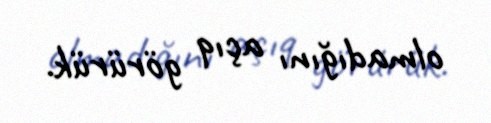
olmadığını açıq görürük.